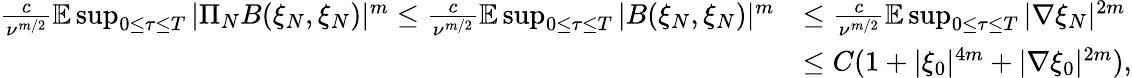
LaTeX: \begin{array}{rl}{\frac{c}{\nu^{m/2}}\mathbb{E}\operatorname*{sup}_{0\leq\tau\leq T}|\Pi_{N}B(\xi_{N},\xi_{N})|^{m}\leq\frac{c}{\nu^{m/2}}\mathbb{E}\operatorname*{sup}_{0\leq\tau\leq T}|B(\xi_{N},\xi_{N})|^{m}}&{\leq\frac{c}{\nu^{m/2}}\mathbb{E}\operatorname*{sup}_{0\leq\tau\leq T}|\nabla\xi_{N}|^{2m}}\\ &{\leq C(1+|\xi_{0}|^{4m}+|\nabla\xi_{0}|^{2m}),}\end{array}